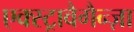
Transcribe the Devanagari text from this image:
एक्स्ट्रावैगैन्ज़ा